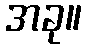
အခု။